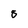
Character: 8